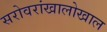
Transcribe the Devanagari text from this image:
सरोवरांखालोखाल